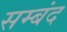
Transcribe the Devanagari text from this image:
सम्बंद